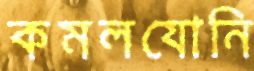
কমলযোনি